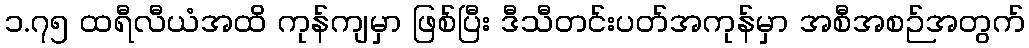
၁.၇၅ ထရီလီယံအထိ ကုန်ကျမှာ ဖြစ်ပြီး ဒီသီတင်းပတ်အကုန်မှာ အစီအစဉ်အတွက်